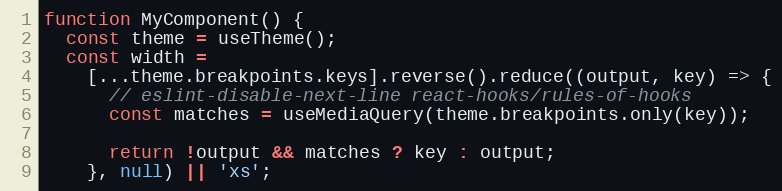
Language: JavaScript
function MyComponent() {
  const theme = useTheme();
  const width =
    [...theme.breakpoints.keys].reverse().reduce((output, key) => {
      // eslint-disable-next-line react-hooks/rules-of-hooks
      const matches = useMediaQuery(theme.breakpoints.only(key));

      return !output && matches ? key : output;
    }, null) || 'xs';